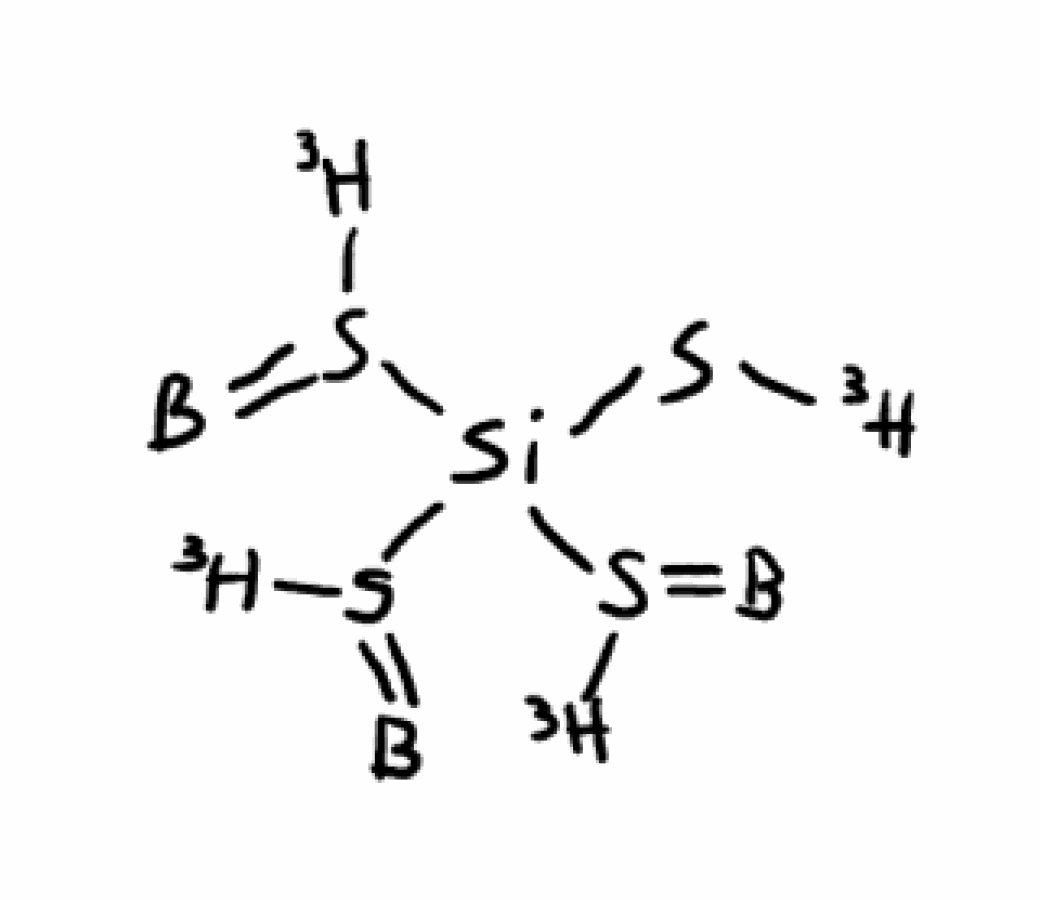
Simplified molecular-input line-entry system (SMILES) notation of the given molecule:
[3H]S(=[B])[Si](S(=[B])[3H])(S(=[B])[3H])S(=[B])[3H]